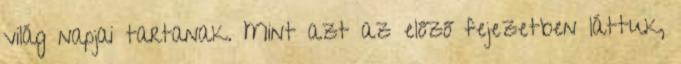
világ napjai tartanak. Mint azt az előző fejezetben láttuk,